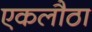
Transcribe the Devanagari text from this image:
एकलौठा